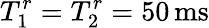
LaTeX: T_{1}^{r}=T_{2}^{r}=50\, \mathrm{ms}